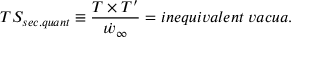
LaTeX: T S _ { s e c . q u a n t } \equiv \frac { T \times T ^ { \prime } } { \dot { w } _ { \infty } } = i n e q u i v a l e n t \; v a c u a .